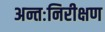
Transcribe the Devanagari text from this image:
अन्तःनिरीक्षण